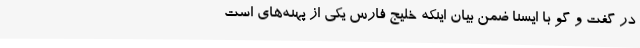
در گفت و گو با ایسنا ضمن بیان اینکه خلیج فارس یکی از پهنه‌های است